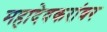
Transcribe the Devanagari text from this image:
महादेवकरांवर